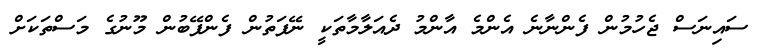
ސައިނަސް ޖެހުމުން ފެންނާނެ އެންމެ އާންމު ދެއަލާމާތަކީ ނޭފަތުން ފެންފޭބުން މޫނުގެ މަސްތަކަށް